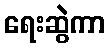
ရေးဆွဲကာ